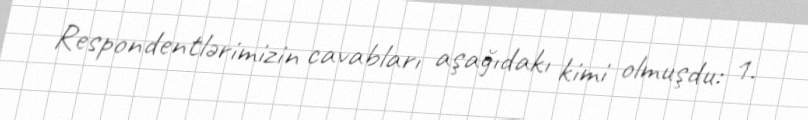
Respondentlərimizin cavabları aşağıdakı kimi olmuşdu: 1.